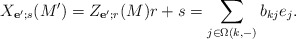
\begin{align*}X_{\mathbf e';s}(M') = Z_{\mathbf e'; r}(M)r + s = \sum_{j\in \Omega(k,-)} b_{kj}e_j. \end{align*}